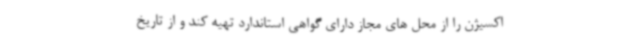
اکسیژن را از محل های مجاز دارای گواهی استاندارد تهیه کند و از تاریخ